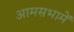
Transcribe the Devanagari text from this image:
आमसभामें